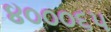
૪૦૦૦૬૫